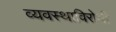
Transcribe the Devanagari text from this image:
व्यवस्थाविरोधी